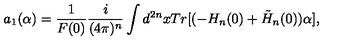
a _ { 1 } ( \alpha ) = \frac { 1 } { F ( 0 ) } \frac { i } { ( 4 \pi ) ^ { n } } \int d ^ { 2 n } x T r [ ( - H _ { n } ( 0 ) + \tilde { H } _ { n } ( 0 ) ) \alpha ] ,